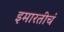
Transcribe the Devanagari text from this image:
इमारतीचं